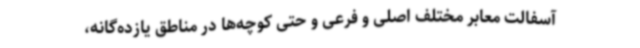
آسفالت معابر مختلف اصلی و فرعی و حتی کوچه‌ها در مناطق یازده‌گانه،